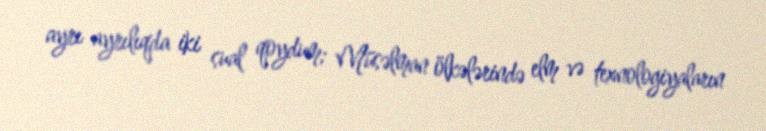
ayrı ayrılıqda iki sual qoydum; Müsəlman ölkələrində elm və texnologiyaların